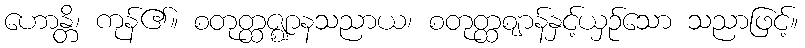
ဟောန္တိ၊ ကုန်၏။ စတုတ္ထဇ္ဈာနသညာယ၊ စတုတ္ထဈာန်နှင့်ယှဉ်သော သညာဖြင့်။